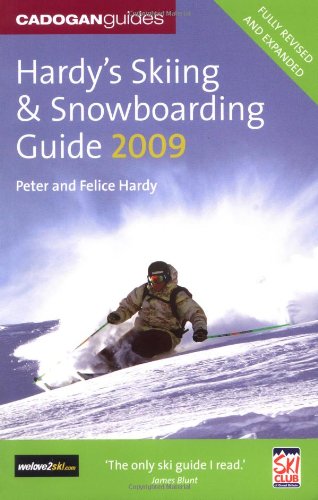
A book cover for Hardy's Skiing and Snowboarding Guide 2009 (Skiing & Snowboarding Guide); Peter Hardy; Sports & Outdoors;